Language: tamil
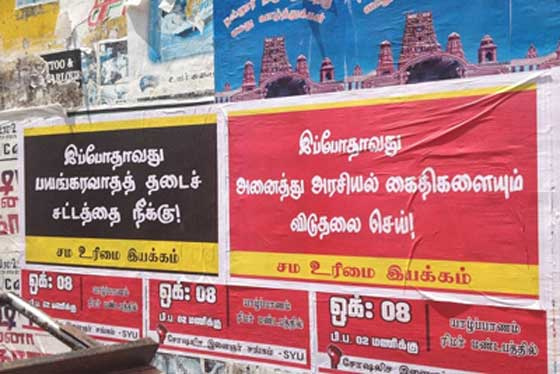
Transcription: இப்போதாவது பயங்கரவாதத் தடைச் அரசியல் சட்டத்தை நீக்கு செய் இயக்கம் சம உரிமை ஒக் கைதிகளையும் அனைத்து இப்போதாவது ஒக் இயக்கம் விடுதலை